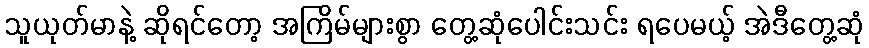
သူယုတ်မာနဲ့ ဆိုရင်တော့ အကြိမ်များစွာ တွေ့ဆုံပေါင်းသင်း ရပေမယ့် အဲဒီတွေ့ဆုံ